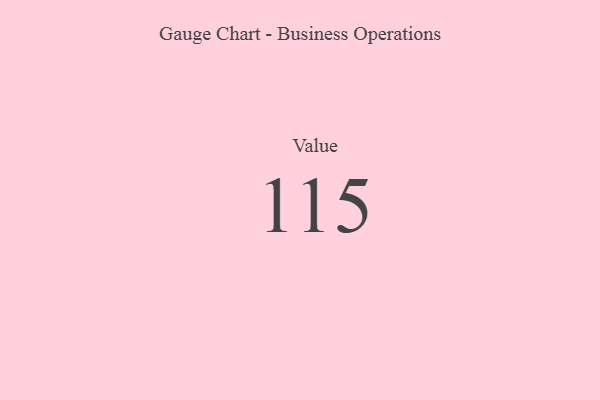
{"axis": {"x": "Metric", "y": "Value"}, "legend": [""], "data": [{"x": "Value", "y": 115, "type": ""}]}